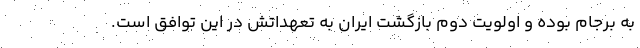
به برجام بوده و اولویت دوم بازگشت ایران به تعهداتش در این توافق است.